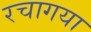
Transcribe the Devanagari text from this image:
रचागया